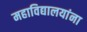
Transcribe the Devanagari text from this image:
महाविद्यालयांना